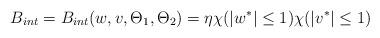
LaTeX: \begin{align*}B_{int}=B_{int}(w,v,\Theta_1,\Theta_2)=\eta \chi(|w^*|\leq1)\chi(|v^*|\leq1)\end{align*}